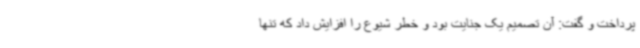
پرداخت و گفت: آن تصمیم یک جنایت بود و خطر شیوع را افزایش داد که تنها